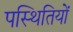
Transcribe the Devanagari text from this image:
पस्थितियों